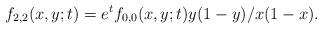
LaTeX: \begin{align*}f_{2,2}(x,y;t)=e^tf_{0,0}(x,y;t)y(1-y)/x(1-x).\end{align*}